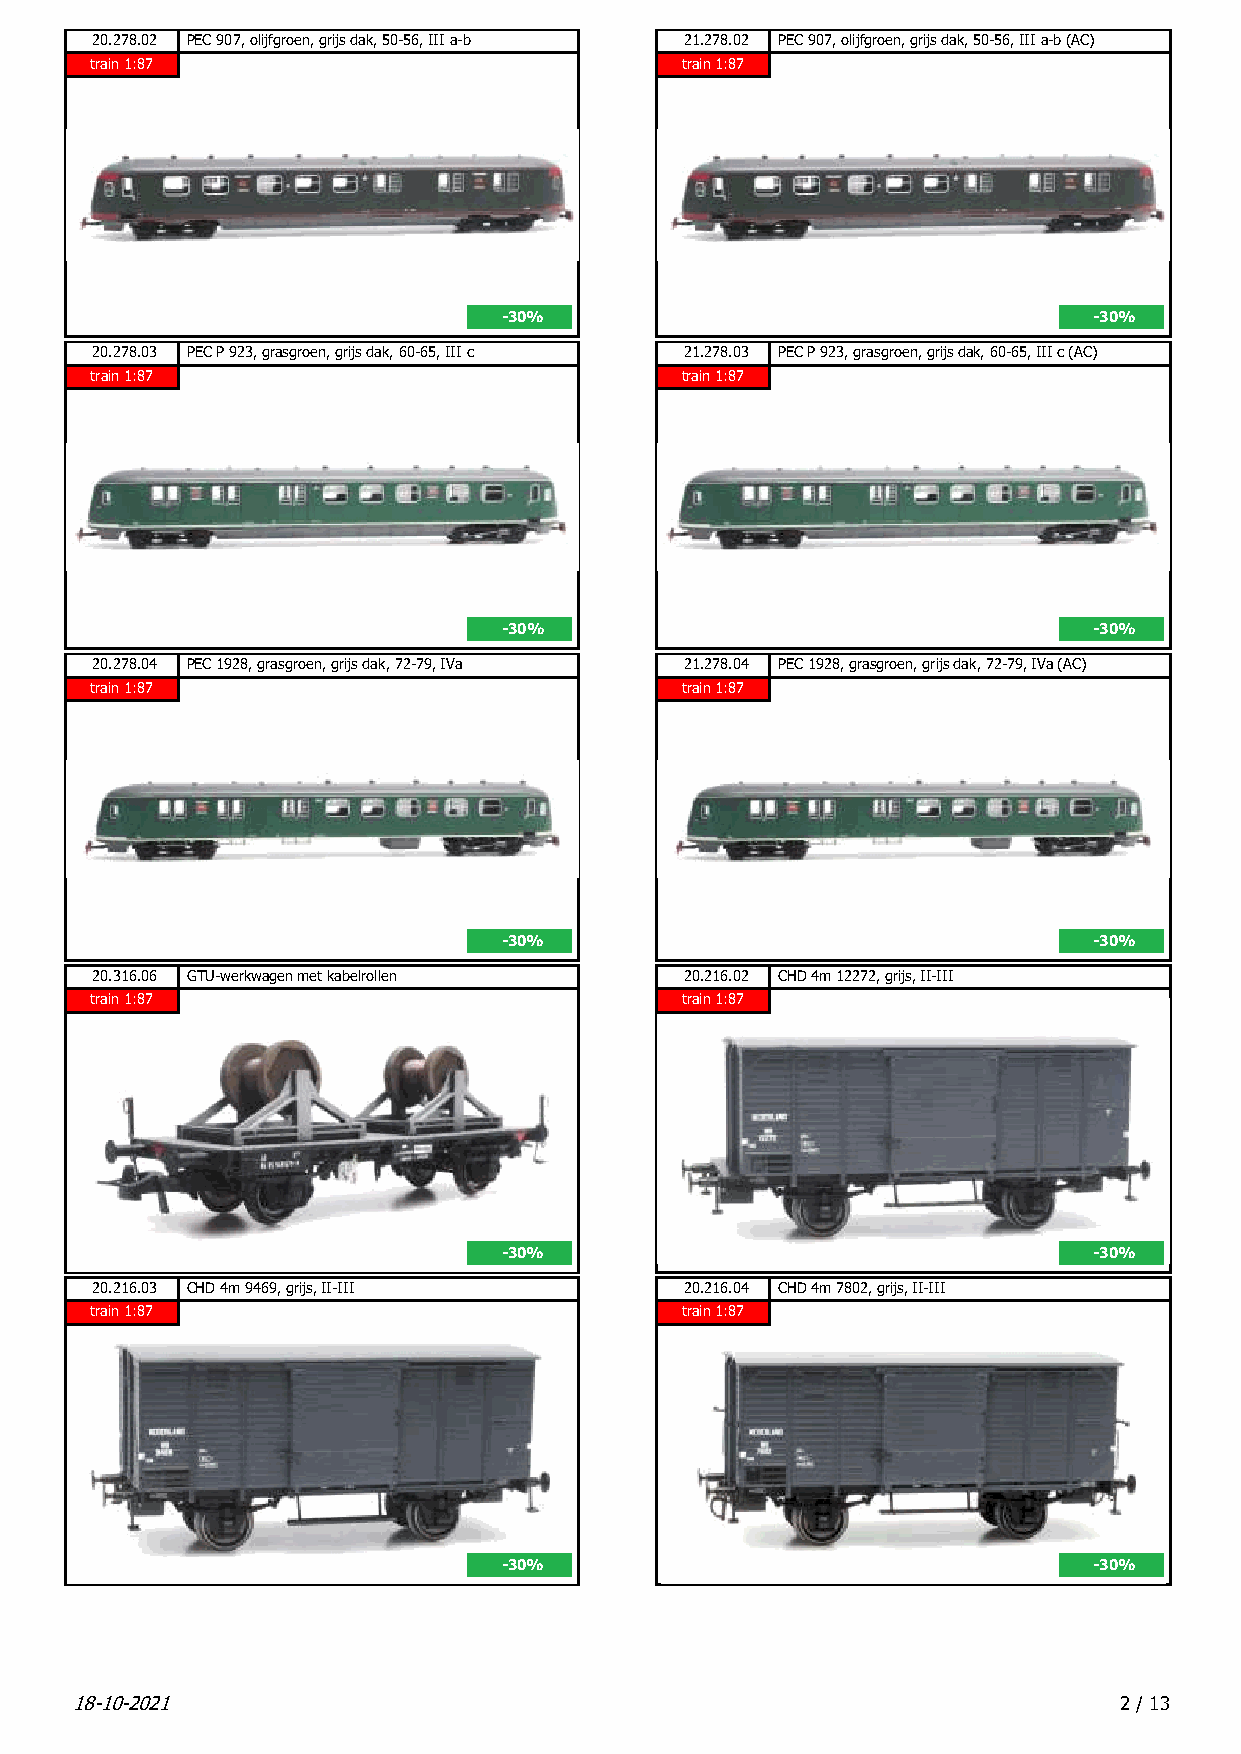
20.278.02 PEC 907, olijfgroen, grijs dak, 50-56, III a-b 21.278.02 PEC 907, olijfgroen, grijs dak, 50-56, III a-b (AC)
 train 1:87                             train 1:87
 -30%                                   -30%
 20.278.03 PEC P 923, grasgroen, grijs dak, 60-65, III c 21.278.03 PEC P 923, grasgroen, grijs dak, 60-65, III c (AC)
 train 1:87                             train 1:87
 -30%                                   -30%
 20.278.04 PEC 1928, grasgroen, grijs dak, 72-79, IVa 21.278.04 PEC 1928, grasgroen, grijs dak, 72-79, IVa (AC)
 train 1:87                             train 1:87
 -30%                                   -30%
 20.316.06 GTU-werkwagen met kabelrollen 20.216.02 CHD 4m 12272, grijs, II-III
 train 1:87                             train 1:87
 -30%                                   -30%
 20.216.03 CHD 4m 9469, grijs, II-III   20.216.04 CHD 4m 7802, grijs, II-III
 train 1:87                             train 1:87
 -30%                                   -30%
 18-10-2021                                                           2 / 13